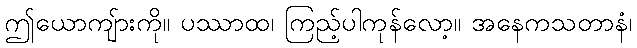
ဤယောကျ်ားကို။ ပဿာထ၊ ကြည့်ပါကုန်လော့။ အနေကသတာနံ၊